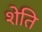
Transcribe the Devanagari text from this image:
शेति